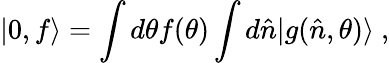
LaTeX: |0,f\rangle=\int d\theta f(\theta)\int d\hat{n}|g(\hat{n},\theta)\rangle~,